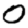
Digit: 0